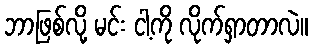
ဘာဖြစ်လို့ မင်း ငါ့ကို လိုက်ရှာတာလဲ။